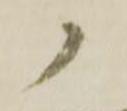
ノ